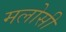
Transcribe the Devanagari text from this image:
मलोसी